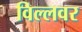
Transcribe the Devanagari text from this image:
विल्लवर